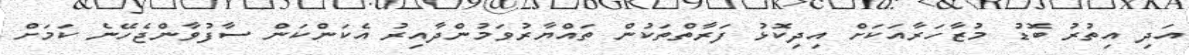
އަދި އިތުރު ބޮޑު މުޒާހަރާއަކަށް އިދިކޮޅު ފަރާތްތަކުން ތައްޔާރުވަމުންދާއިރު އެކަންކަން ސާފުވާންޖެހޭނެ ކަމަށް